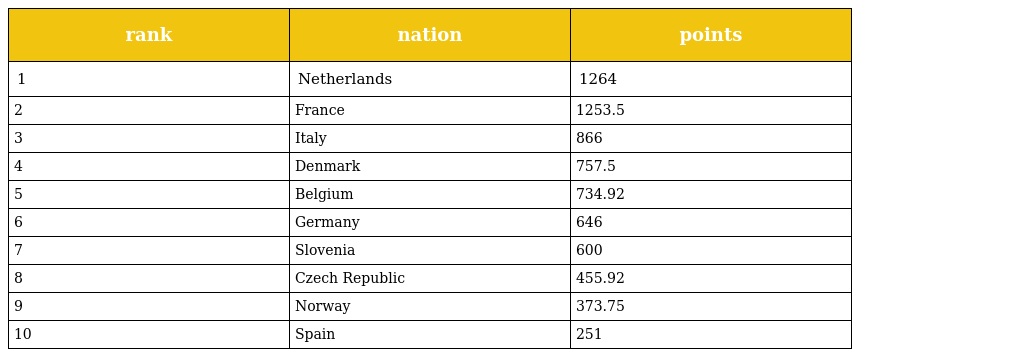
| rank | nation | points |
 | --- | --- | --- |
 | 1 | Netherlands | 1264 |
 | 2 | France | 1253.5 |
 | 3 | Italy | 866 |
 | 4 | Denmark | 757.5 |
 | 5 | Belgium | 734.92 |
 | 6 | Germany | 646 |
 | 7 | Slovenia | 600 |
 | 8 | Czech Republic | 455.92 |
 | 9 | Norway | 373.75 |
 | 10 | Spain | 251 |